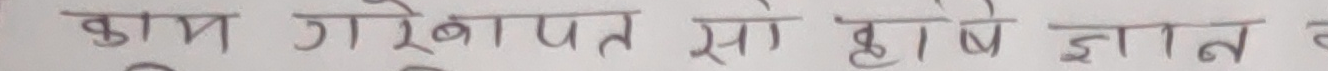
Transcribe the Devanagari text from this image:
काम गरे पछि सो होषे ज्ञान हो